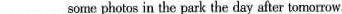
___some photos in the park the day after tomorrow.